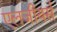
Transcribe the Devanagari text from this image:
एलजीयर्स